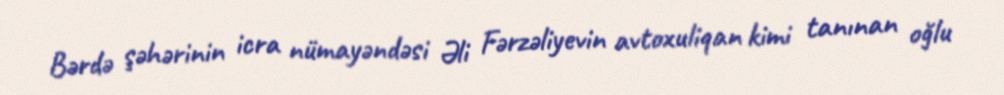
Bərdə şəhərinin icra nümayəndəsi Əli Fərzəliyevin avtoxuliqan kimi tanınan oğlu